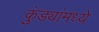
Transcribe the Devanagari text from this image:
कुंड्यांमध्ये